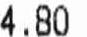
4.80